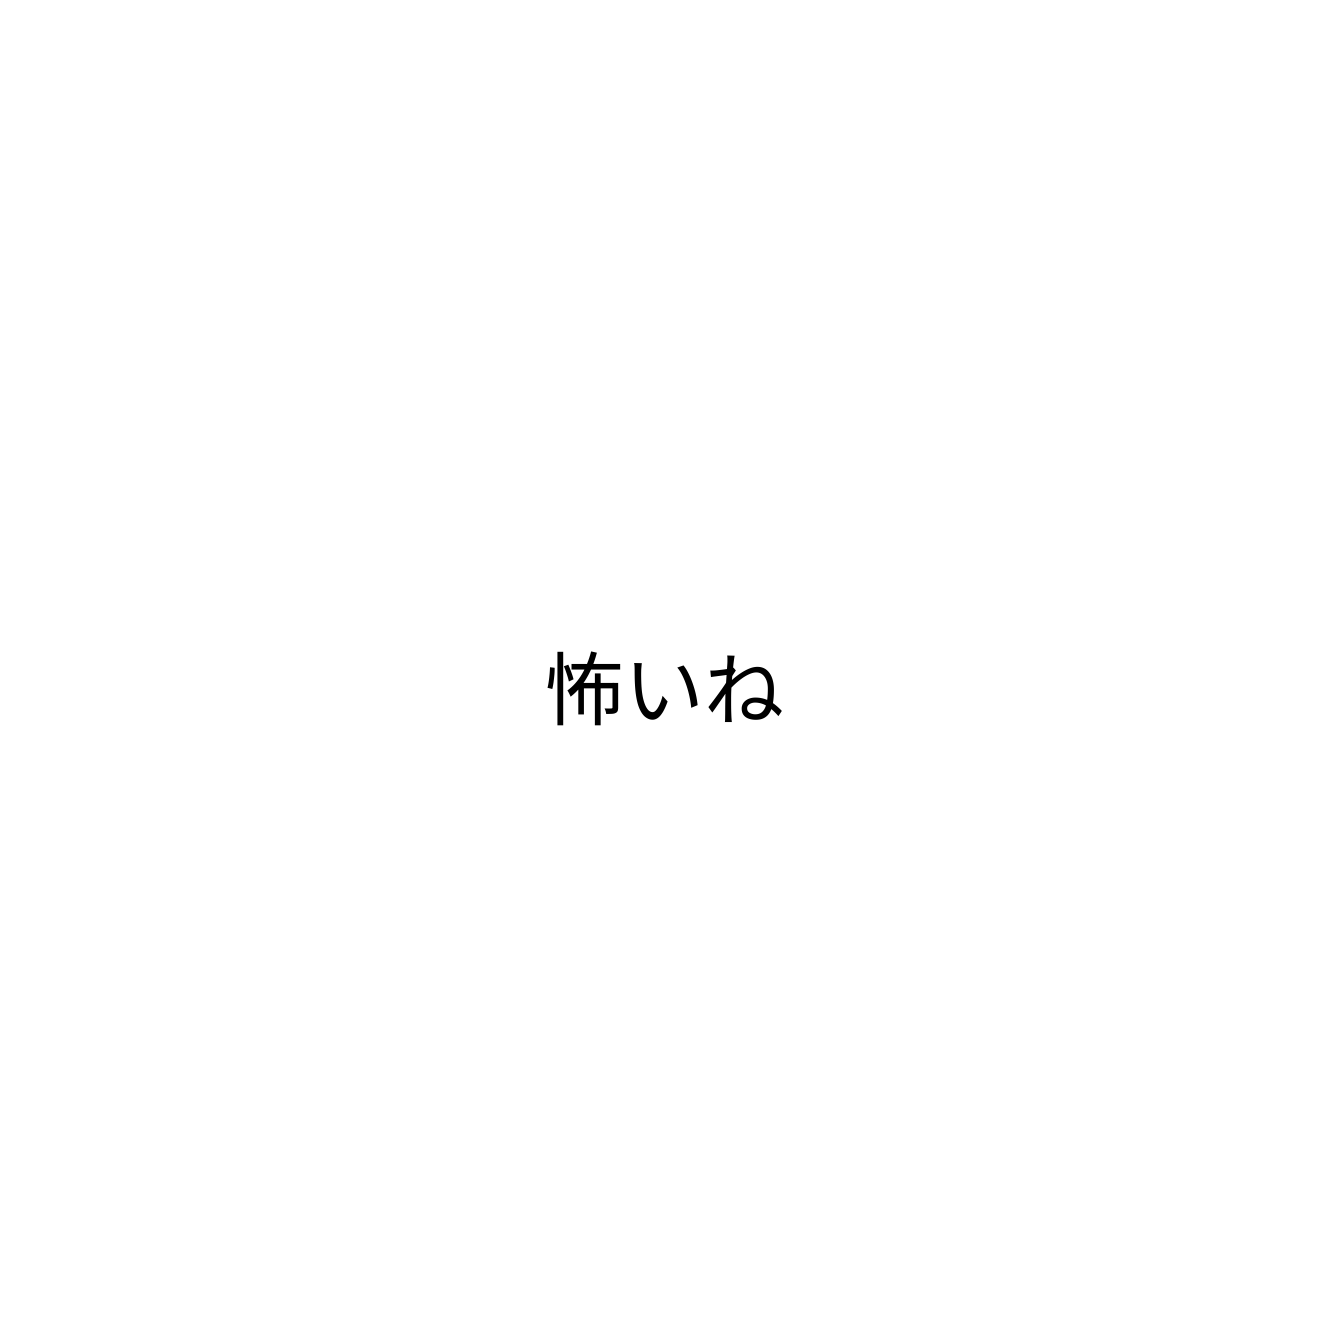
怖いね